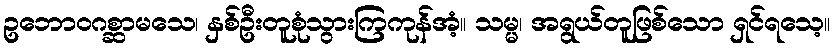
ဥဘောဝဂစ္ဆာမသေ၊ နှစ်ဦးတူစုံသွားကြကုန်အံ့။ သမ္မ၊ အရွယ်တူဖြစ်သော ရှင်ရသေ့။